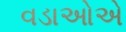
વડાઓએ